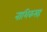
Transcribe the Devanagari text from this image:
नाशिकसह